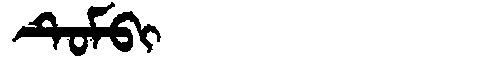
Manchu: ᡨᡠᠮᠪᡳ
Romanization: TUMBI